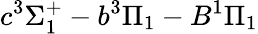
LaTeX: c^{3}\Sigma_{1}^{+}-b^{3}\Pi_{1}-B^{1}\Pi_{1}